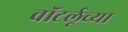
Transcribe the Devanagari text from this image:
वॉटर्लूच्या